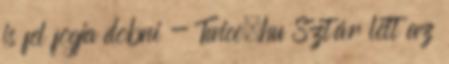
is fel fogja dobni - Twice.hu Sztár lett az